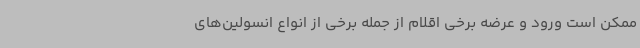
ممکن است ورود و عرضه برخی اقلام از جمله برخی از انواع انسولین‌های